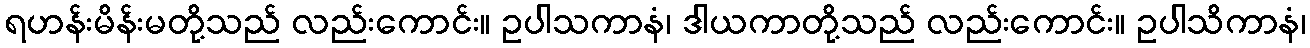
ရဟန်းမိန်းမတို့သည် လည်းကောင်း။ ဥပါသကာနံ၊ ဒါယကာတို့သည် လည်းကောင်း။ ဥပါသိကာနံ၊